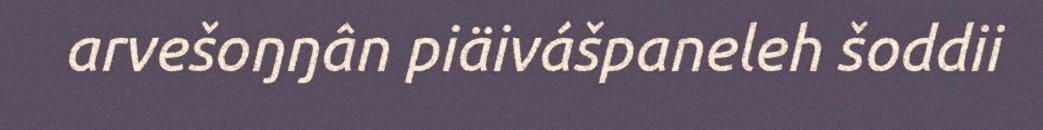
arvešoŋŋân piäivášpaneleh šoddii